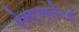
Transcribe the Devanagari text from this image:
ऐक्युम्युलेटर्स